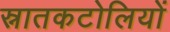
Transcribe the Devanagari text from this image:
स्नातकटोलियों